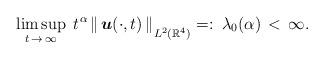
LaTeX: \begin{align*}\limsup_{t\,\rightarrow\,\infty}\;t^{\:\!\alpha}\;\!\|\, \mbox{\boldmath $u$}(\cdot,t) \,\|_{\mbox{}_{\scriptstyle L^{2}(\mathbb{R}^{4})}}=:\:\lambda_{0}(\alpha) \,<\, \infty.\end{align*}